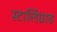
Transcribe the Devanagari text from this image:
स्टालिंग्राड